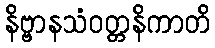
နိဗ္ဗာနသံဝတ္တနိကာတိ